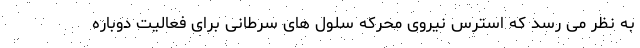
به نظر می رسد که استرس نیروی محرکه سلول های سرطانی برای فعالیت دوباره